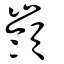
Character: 嶺